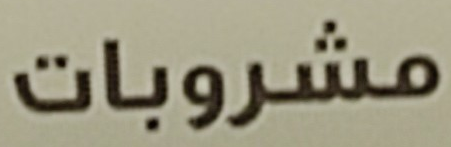
مشروبات